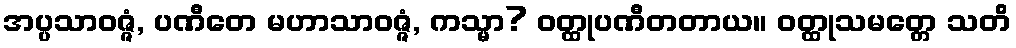
အပ္ပသာဝဇ္ဇံ, ပဏီတေ မဟာသာဝဇ္ဇံ, ကသ္မာ? ဝတ္ထုပဏီတတာယ။ ဝတ္ထုသမတ္တေ သတိ